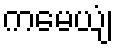
ကမေယျံ